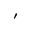
^ { ' }